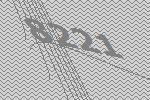
8221